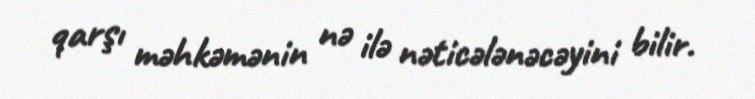
qarşı məhkəmənin nə ilə nəticələnəcəyini bilir.